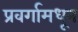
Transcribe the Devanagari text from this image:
प्रवर्गामधून